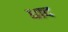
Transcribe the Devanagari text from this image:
धाद